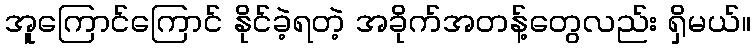
အူကြောင်ကြောင် နိုင်ခဲ့ရတဲ့ အခိုက်အတန့်တွေလည်း ရှိမယ်။